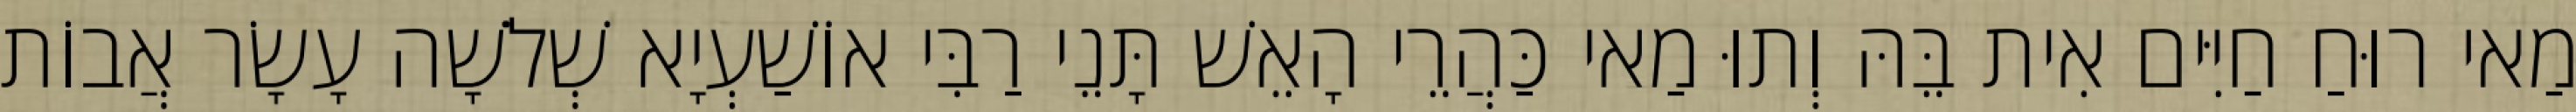
מַאי רוּחַ חַיִּים אִית בֵּהּ וְתוּ מַאי כַּהֲרֵי הָאֵשׁ תָּנֵי רַבִּי אוֹשַׁעְיָא שְׁלֹשָׁה עָשָׂר אֲבוֹת